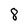
Character: 8